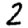
Digit: 2